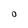
Character: O